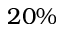
2 0 \%